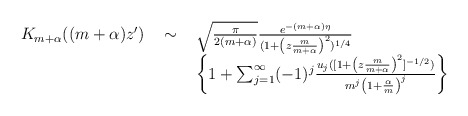
\begin{align*}\begin{array}{lcl}K_{m+\alpha}((m+\alpha)z')\ & \sim\ & \sqrt{\frac{\pi}{2(m+\alpha)}}\frac{e^{-(m+\alpha)\eta}}{(1+\left(z\frac{m}{m+\alpha} \right)^2)^{1/4}}\\ & & \left\{ 1+\sum_{j=1}^{\infty}(-1)^j \frac{ u_j([1+\left(z\frac{m}{m+\alpha} \right) ^2]^{-1/2})}{m^j \left(1+\frac{\alpha}{m}\right)^j}\right\}\end{array}\end{align*}